King Institute of Preventive Medicine Micro-Biological Section reports 1909-11
Year: 1909
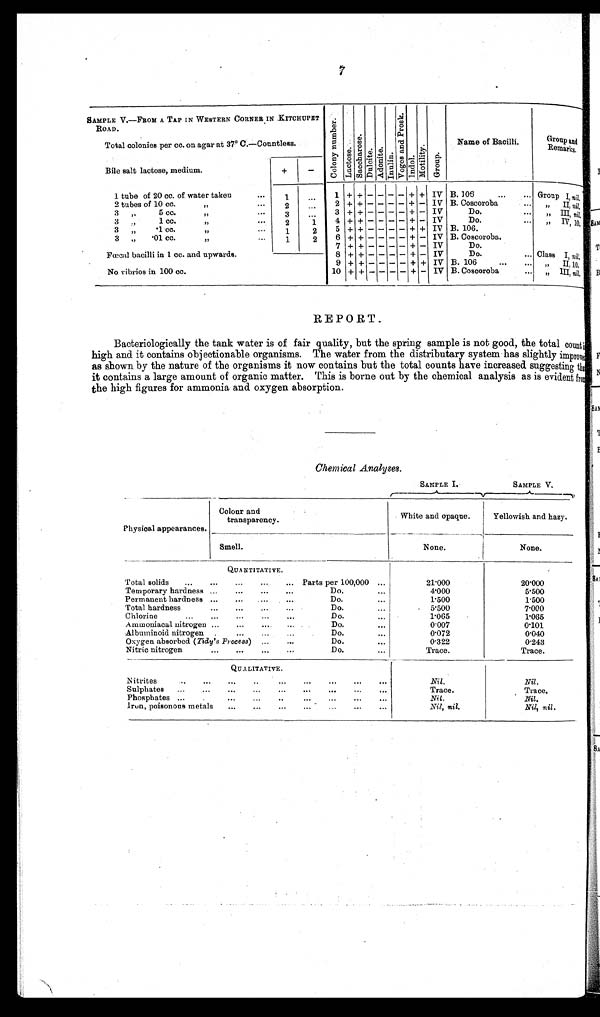
7
SAMPLE V.—FROM A TAP IN WESTERN CORNER IN KITCHUPET
ROAD.
Total colonies per cc. on agar at 37° C.—Countless.
C o l o n y n u m b e r .
L a c t o s e .
S a c c h a r o s e .
D u l c i t e .
A d o n i t e .
I n u l i n .
V o g e s a n d P r o s k .
I n d o l .
M o r t i l i t y .
G r o u p .
Name of Bacilli.
Group and
Remarks.
Bile salt lactose, medium.
+
-
1 tube of 20 cc. of water taken
. . .
1 . . .
1 + + - - - - + +
IV B. 106 ...
. . .
Group I, nil.
2 tubes of 10 cc.
,,
. . .
2
. . .
2 + + - - - - + -
IV B. Coscoroba
. . .
,, II nil.
3 ,,5 cc.
. . .
3 . . .
3 + + - - - - + -
IV
Do.
. . .
,,III, nil,
3
1 cc.
,,
, ,
. . .
2
1
4 + + - - - - + -
IV
Do.
. . .
IV, 10,
3 ,, .1 cc. ,,
. .
1
2
5 + + - - - - + +
Iv B. 106.
. . .
3 ,, .01. cc. ,,
. .
1
2
6 + + - - - - + -
IV B. Coscoroba.
. . .
Fœcal bacilli in 1 cc. and upwards.
8
7 + + - - - - + -
IV
Do.
. . .
8
+ + - - - - + -
IV
Do.
. . .
Class I, nil,
9 + + - - - - + +
IV B. 106
...
. . .
,, II, 10,
No vibrios in 100 cc.
1 0 + + - - - - + -
IV B. Cosooroba
. . .
,, III, nil,
REPORT.
Bacteriologically the tank water is of fair quality, but the spring sample is not good, the total count
high and it contains objectionable organisms. The water from the distributary system has slightly improve
as shown by the nature of the organisms it now contains but the total counts have increased suggesting the
it contains a large amount of organic matter. This is borne out by the chemical analysis as is evident
from
the high figures for ammonia and oxygen absorption.
Chemical Analyses.
SAMPLE I.
SAMPLE V.
Physical appearances.
Colour and
transparency.
White and opaque.
Yellowish and hazy.
Smell.
None.
None.
QUANTITATIVE.
Total solids ...
. . .
. . .
. . .
. . .
Parts per 100,000 ...
21.000
20.000
Temporary hardness
. . .
. . .
. . .
. . .
Do.
...
4.000
5.500
Permanent hardness
. . .
. . .
. . .
. . .
Do.
...
1.500
1.500
Total hardness
. . .
. . . . . .
. . .
Do.
...
5.500
7.000
Chlorine
...
. . .
. . .
. . .
. . .
Do.
...
1.065
1.065
A minoniacal nitrogen
. . .
. . .
. . .
. . .
Do.
...
0.007
0.101
Albuminoid nitrogen
. . .
. . .
. . . . . .
Do.
0.072
0.040
Oxygen absorbed ( Tidy's Process) . . .
. . .
. . .
Do.
...
0.322
0.243
Nitric nitrogen
. . .
. . .
. . .
. . .
Do.
Trace.
Trace.
QUALITATIVE.
Nitrites
...
. . .
. . .
. . .
. . .
. . .
. . .
. . .
. . .
Nil.
Nil .
Sulphates ...
...
. . . . . .
. . .
. . .
. . .
. . .
. . .
. . .
Trace.
Trace.
Phosphates ...
. . .
. . . . . .
. . .
. . .
. . .
. . .
. . .
. . .
Nil.
Nil.
Iron, poisonous metals
. . .
. . .
. . .
. . .
. . .
. . .
. . .
Nil, nil.
Nil, nil.